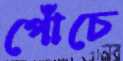
পোঁচে